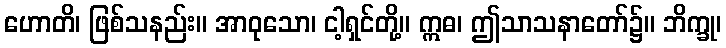
ဟောတိ၊ ဖြစ်သနည်း။ အာဝုသော၊ ငါ့ရှင်တို့။ ဣဓ၊ ဤသာသနာတော်၌။ ဘိက္ခု၊